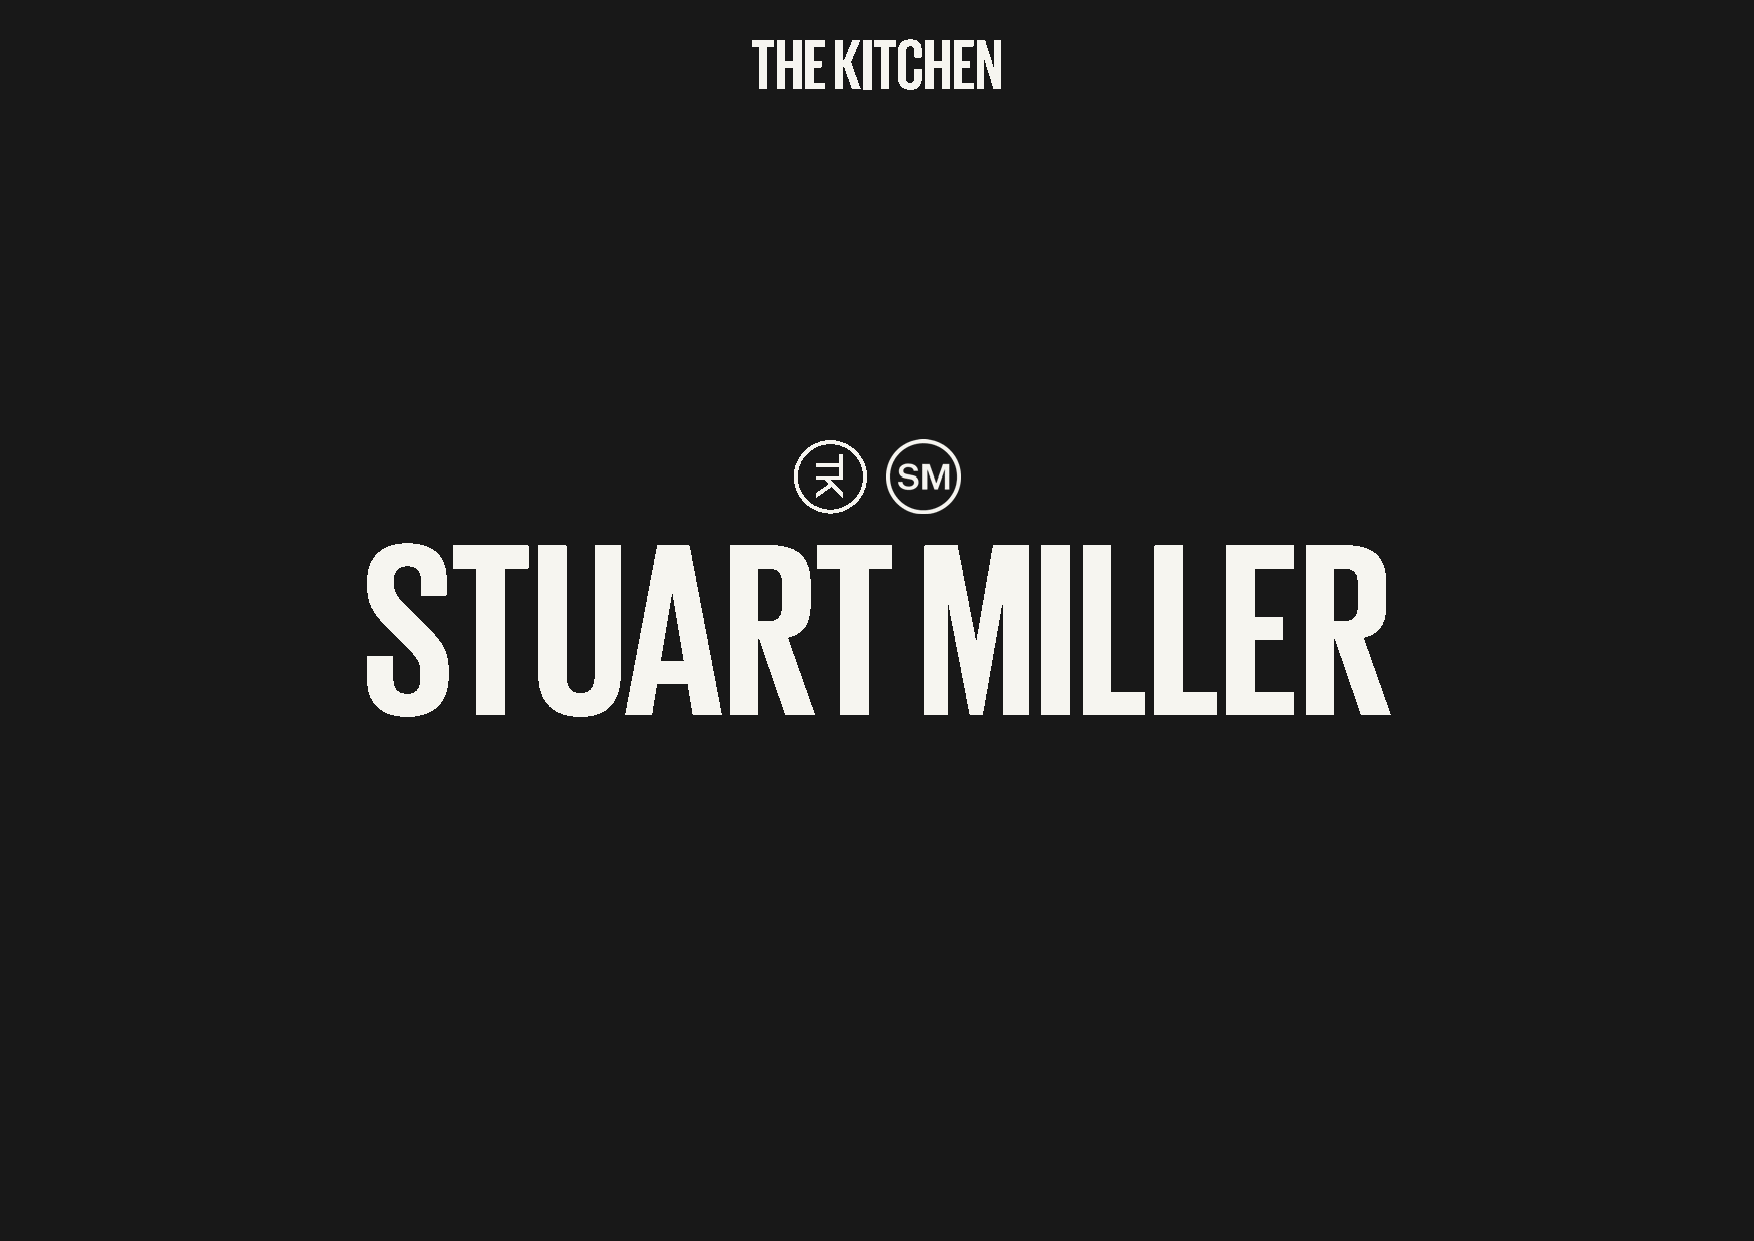
THE  KITCHEN
 STUART                               MILLER